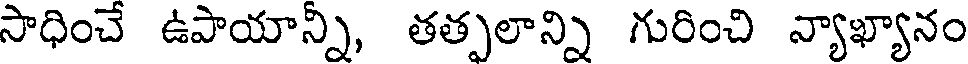
సాధించే ఉపాయాన్ని, తత్పలాన్ని గురించి న్యాఖ్యానం